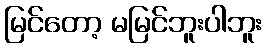
မြင်တော့ မမြင်ဘူးပါဘူး